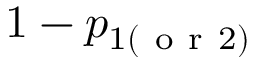
1 - p _ { 1 ( \mathrm { ~ o ~ r ~ } 2 ) }